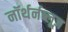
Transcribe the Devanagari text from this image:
नॉर्थर्नब्लूज़